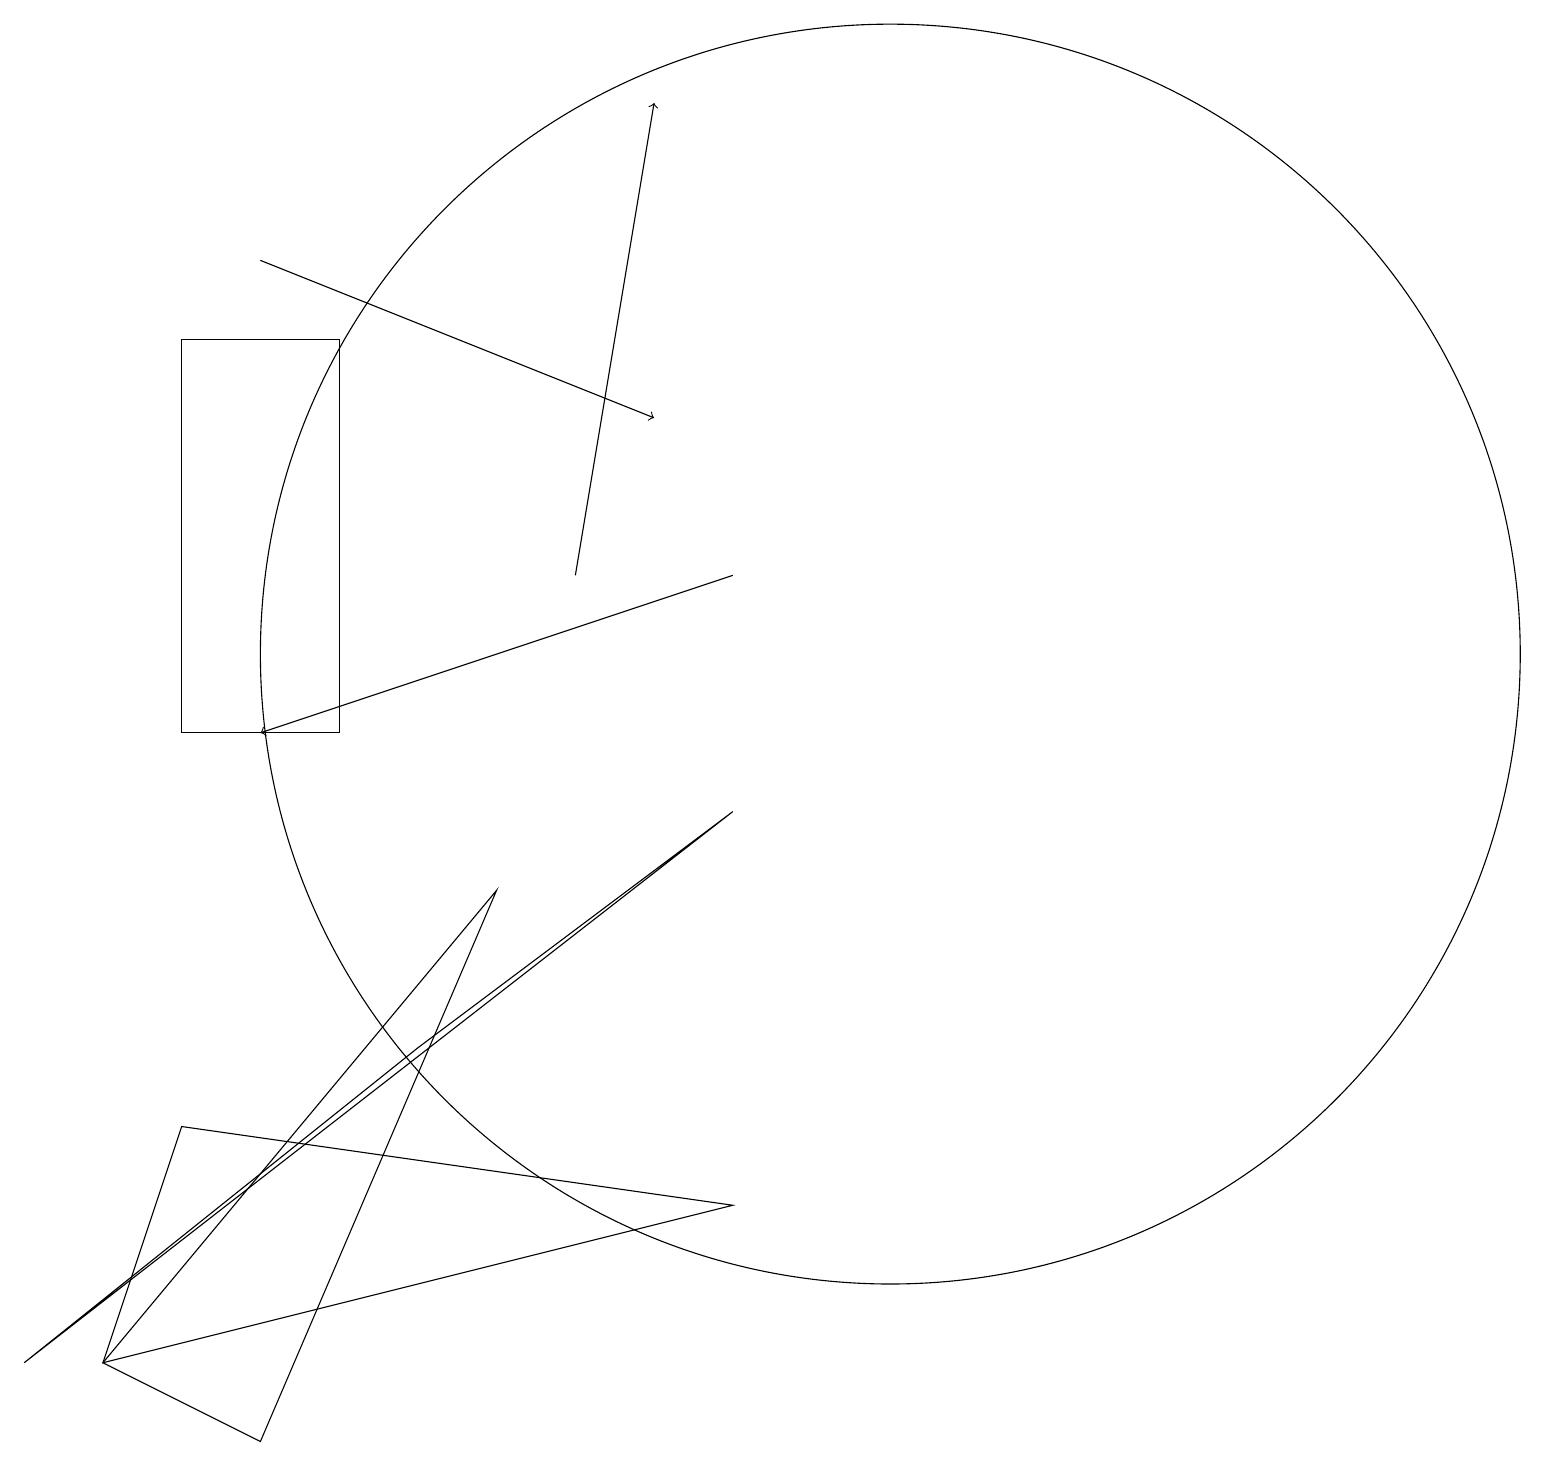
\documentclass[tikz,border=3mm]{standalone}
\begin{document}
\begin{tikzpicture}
\draw[->] (9,12) -- (3,10);
\draw (4,10) rectangle (2,15);
\draw (2,5) -- (1,2) -- (9,4) -- cycle;
\draw (0,2) -- (5,6) -- (9,9) -- cycle;
\draw[->] (3,16) -- (8,14);
\draw (11,11) circle (8);
\draw (3,1) -- (1,2) -- (6,8) -- cycle;
\draw[->] (7,12) -- (8,18);
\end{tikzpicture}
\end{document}